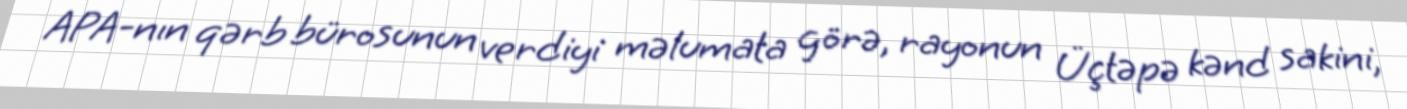
APA-nın qərb bürosunun verdiyi məlumata görə, rayonun Üçtəpə kənd sakini,